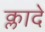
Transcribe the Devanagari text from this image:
क्लादे